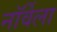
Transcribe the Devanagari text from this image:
नॉर्वेला